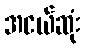
အငယ်ဆုံး